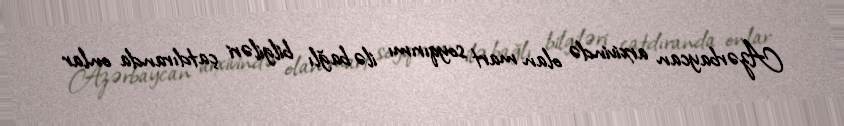
Azərbaycan arxivində olan mart soyqırımı ilə bağlı bilgiləri çatdıranda onlar